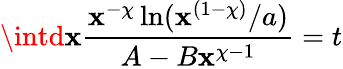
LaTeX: \intd\mathbf{x}\frac{{\mathbf{x}^{-\chi}\ln(\mathbf{x}^{(1-\chi)}/a)}}{{A-B\mathbf{x}^{\chi-1}}}=t